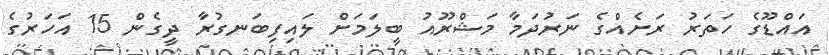
އައްޑޫގެ ހަތަރު ރަށެއްގެ ނަރުދަމާ މަޝްރޫއު ބީލަމަށް ލައިފިބަނގުރާ ދީގެން 15 އަހަރުގެ